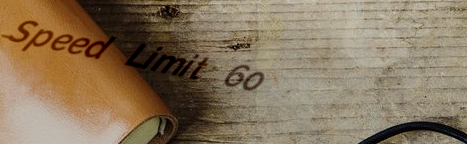
Speed Limit 60